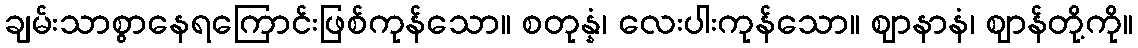
ချမ်းသာစွာနေရကြောင်းဖြစ်ကုန်သော။ စတုန္နံ၊ လေးပါးကုန်သော။ ဈာနာနံ၊ ဈာန်တို့ကို။